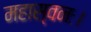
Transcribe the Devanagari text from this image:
महास्वनः।